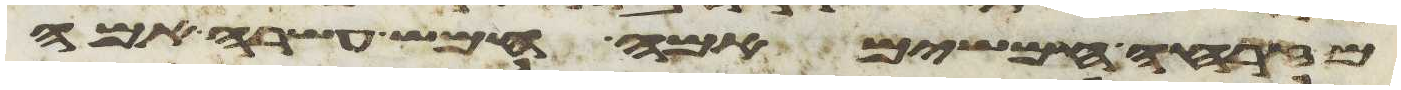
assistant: מזרחה חמשים אמה חמש עשרה אמה